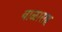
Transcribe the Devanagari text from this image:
बाळासह